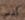
أنني